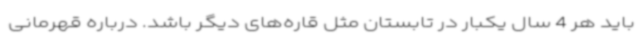
باید هر 4 سال یکبار در تابستان مثل قاره‌های دیگر باشد. درباره قهرمانی